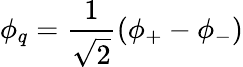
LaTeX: \phi_{q}=\frac{1}{\sqrt{2}}(\phi_{+}-\phi_{-})